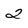
Character: 2